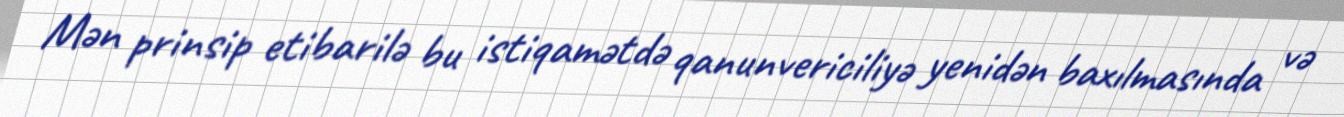
Mən prinsip etibarilə bu istiqamətdə qanunvericiliyə yenidən baxılmasında və